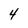
Character: 4